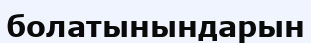
болатынындарын